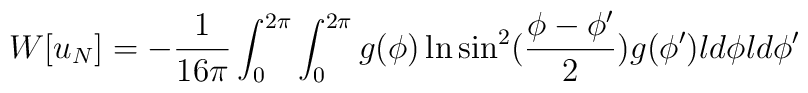
W[u_N]=-{1\over 16\pi}\int_0^{2\pi}\int_0^{2\pi}g(\phi )\ln \sin^2({\phi-\phi '\over 2}) g(\phi ') ld\phi ld\phi '